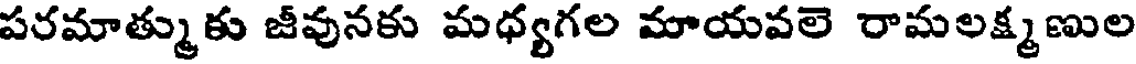
పరమాత్ముకు జీవునకు మధ్యగల మాయవలె రామలక్ష్మణుల